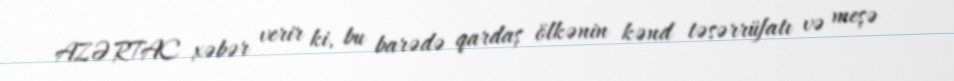
AZƏRTAC xəbər verir ki, bu barədə qardaş ölkənin kənd təsərrüfatı və meşə